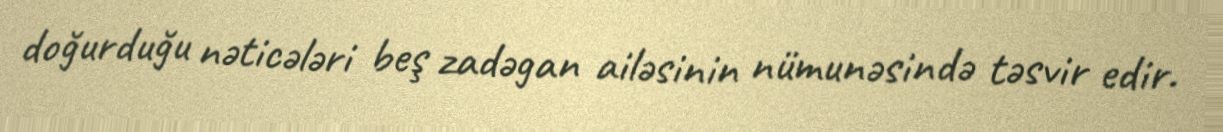
doğurduğu nəticələri beş zadəgan ailəsinin nümunəsində təsvir edir.